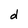
Character: d